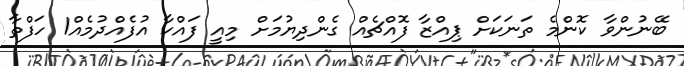
ބޭނުންވާ ކޮންމެ ތަނަކަށް ޕިއްޒާ ފޮއްޗެއް ގެންދިޔުމަށް މިއީ ފައްކާ އުފެއްދުމެއް1 ހަފްތާ